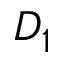
D _ { 1 }